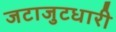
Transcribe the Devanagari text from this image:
जटाजुटधारी